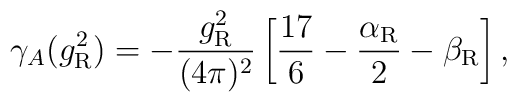
\gamma_A(g_{\rm R}^2) =-\frac{g_{\rm R}^2}{(4\pi)^2}    \left[\frac{17}6-\frac{\alpha_{\rm R}}2-\beta_{\rm R}   \right],